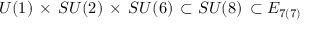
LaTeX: U ( 1 ) \, \times \, S U ( 2 ) \, \times \, S U ( 6 ) \, \subset S U ( 8 ) \, \subset E _ { 7 ( 7 ) }